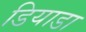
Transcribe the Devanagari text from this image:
डियाडा